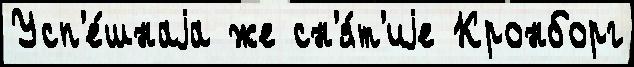
Усп'е́шнаjа же сн'я́т'иjе Кронборг